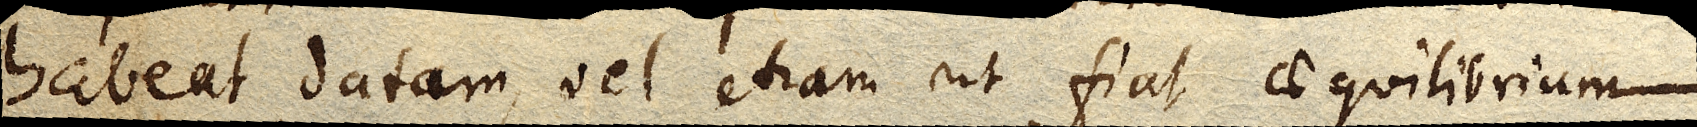
habeat datam, vel etiam ut fiat aequilibrium